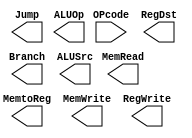
`timescale 1ns / 1ps
//////////////////////////////////////////////////////////////////////////////////
// Company: 
// Engineer: 
// 
// Design Name: 
// Module Name: Instructionmemory
// Project Name: 
// Target Devices: 
// Tool Versions: 
// Description: 
// 
// Dependencies: 
// 
// Revision:
// Revision 0.01 - File Created
// Additional Comments:
// 
//////////////////////////////////////////////////////////////////////////////////


module Control(
OPcode,
RegDst,
Jump,
Branch,
MemRead,
MemtoReg,
ALUOp,
MemWrite,
ALUSrc,
RegWrite
    );
    input [5:0] OPcode;
    output [1:0] ALUOp;
    output  RegDst,Jump,Branch,MemRead,MemtoReg,MemWrite,ALUSrc,RegWrite;
    
endmodule